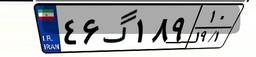
۴۲گ۹۳۵۸۲